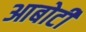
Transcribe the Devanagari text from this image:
आबोटी